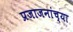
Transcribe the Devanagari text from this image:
प्रजाजनांच्या